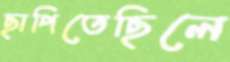
ছাপিতেছিলে